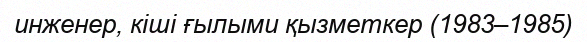
инженер, кіші ғылыми қызметкер (1983–1985)